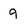
Character: 9